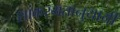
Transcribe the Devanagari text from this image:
शांकरमतानुयायी